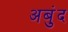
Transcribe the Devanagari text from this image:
अबुंद